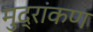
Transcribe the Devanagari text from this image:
मुद्रांकण